Indian journal of veterinary science and animal husbandry - Volumes 15-17, 1948-1951
Year: 1948
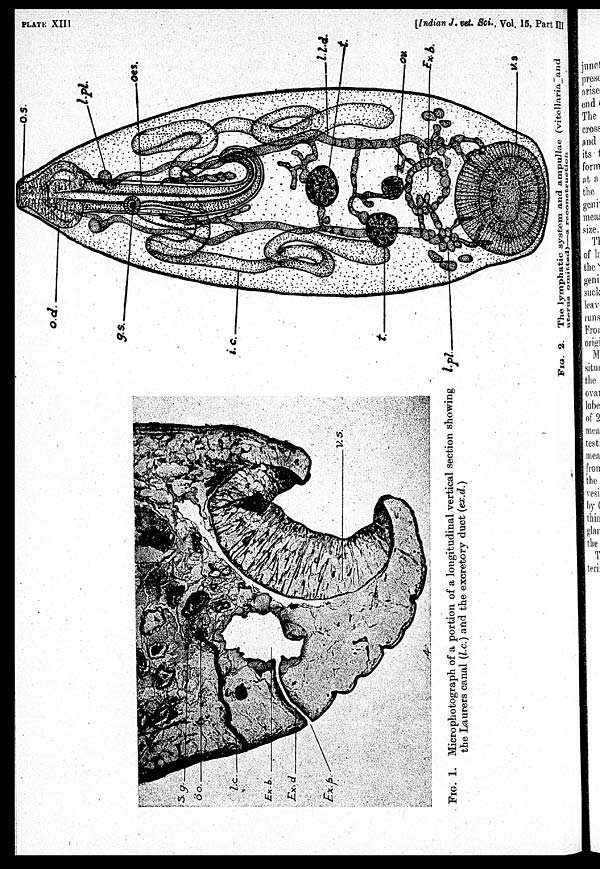
PLATE XIII
[Indian J. vet. Sci., Vol. 15, Part III
FIG. 1. Micro photograph of a portion of a longitudinal vertical section showing
the Laurers canal (l.c.) and the excretory duct (ex.d.)
FIG. 2. The lymphatic system and ampullae (vitellaria and
uterus omitted)—a recostruction.